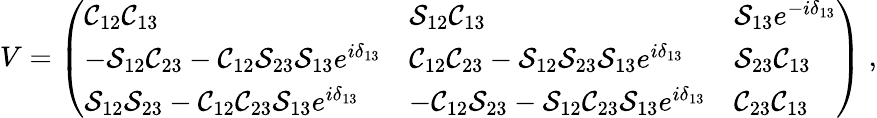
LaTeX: V=\left(\begin{array}{lll}{{\mathcal C_{12}\mathcal C_{13}}}&{{\mathcal S_{12}\mathcal C_{13}}}&{{\mathcal S_{13}e^{-i\delta_{13}}}}\\ {{-\mathcal S_{12}\mathcal C_{23}-\mathcal C_{12}\mathcal S_{23}\mathcal S_{13}e^{i\delta_{13}}}}&{{\mathcal C_{12}\mathcal C_{23}-\mathcal S_{12}\mathcal S_{23}\mathcal S_{13}e^{i\delta_{13}}}}&{{\mathcal S_{23}\mathcal C_{13}}}\\ {{\mathcal S_{12}\mathcal S_{23}-\mathcal C_{12}\mathcal C_{23}\mathcal S_{13}e^{i\delta_{13}}}}&{{-\mathcal C_{12}\mathcal S_{23}-\mathcal S_{12}\mathcal C_{23}\mathcal S_{13}e^{i\delta_{13}}}}&{{\mathcal C_{23}\mathcal C_{13}}}\end{array}\right)\; ,